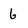
Character: 6